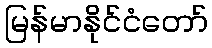
မြန်မာနိုင်ငံတော်